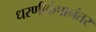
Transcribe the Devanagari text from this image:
धरणीकंपानंतर